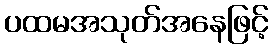
ပထမအသုတ်အနေဖြင့်